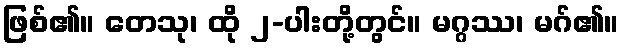
ဖြစ်၏။ တေသု၊ ထို ၂-ပါးတို့တွင်။ မဂ္ဂဿ၊ မဂ်၏။